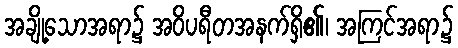
အချို့သောအရာ၌ အဝိပရီတအနက်ရှိ၏၊ အကြင်အရာ၌